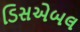
ડિસએબલ